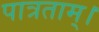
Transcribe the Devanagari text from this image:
पात्रताम्।